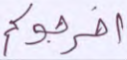
أخرجوكم